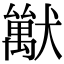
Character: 𤢚